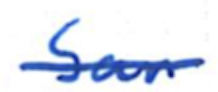
Text: San
Cross-out: single-line
Writing tool: ballpoint